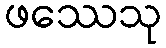
ဖဿေသု